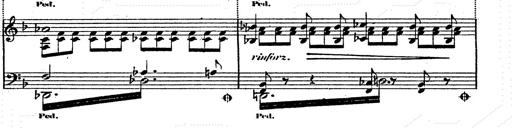
Title: Franz Schuberts geistliche Lieder
Composer: Franz Liszt